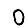
Digit: 0